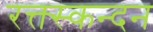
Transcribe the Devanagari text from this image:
रक्त्स्कन्दन